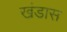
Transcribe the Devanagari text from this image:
खंडास